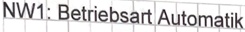
Text: NW1: Betriebsart Automatik